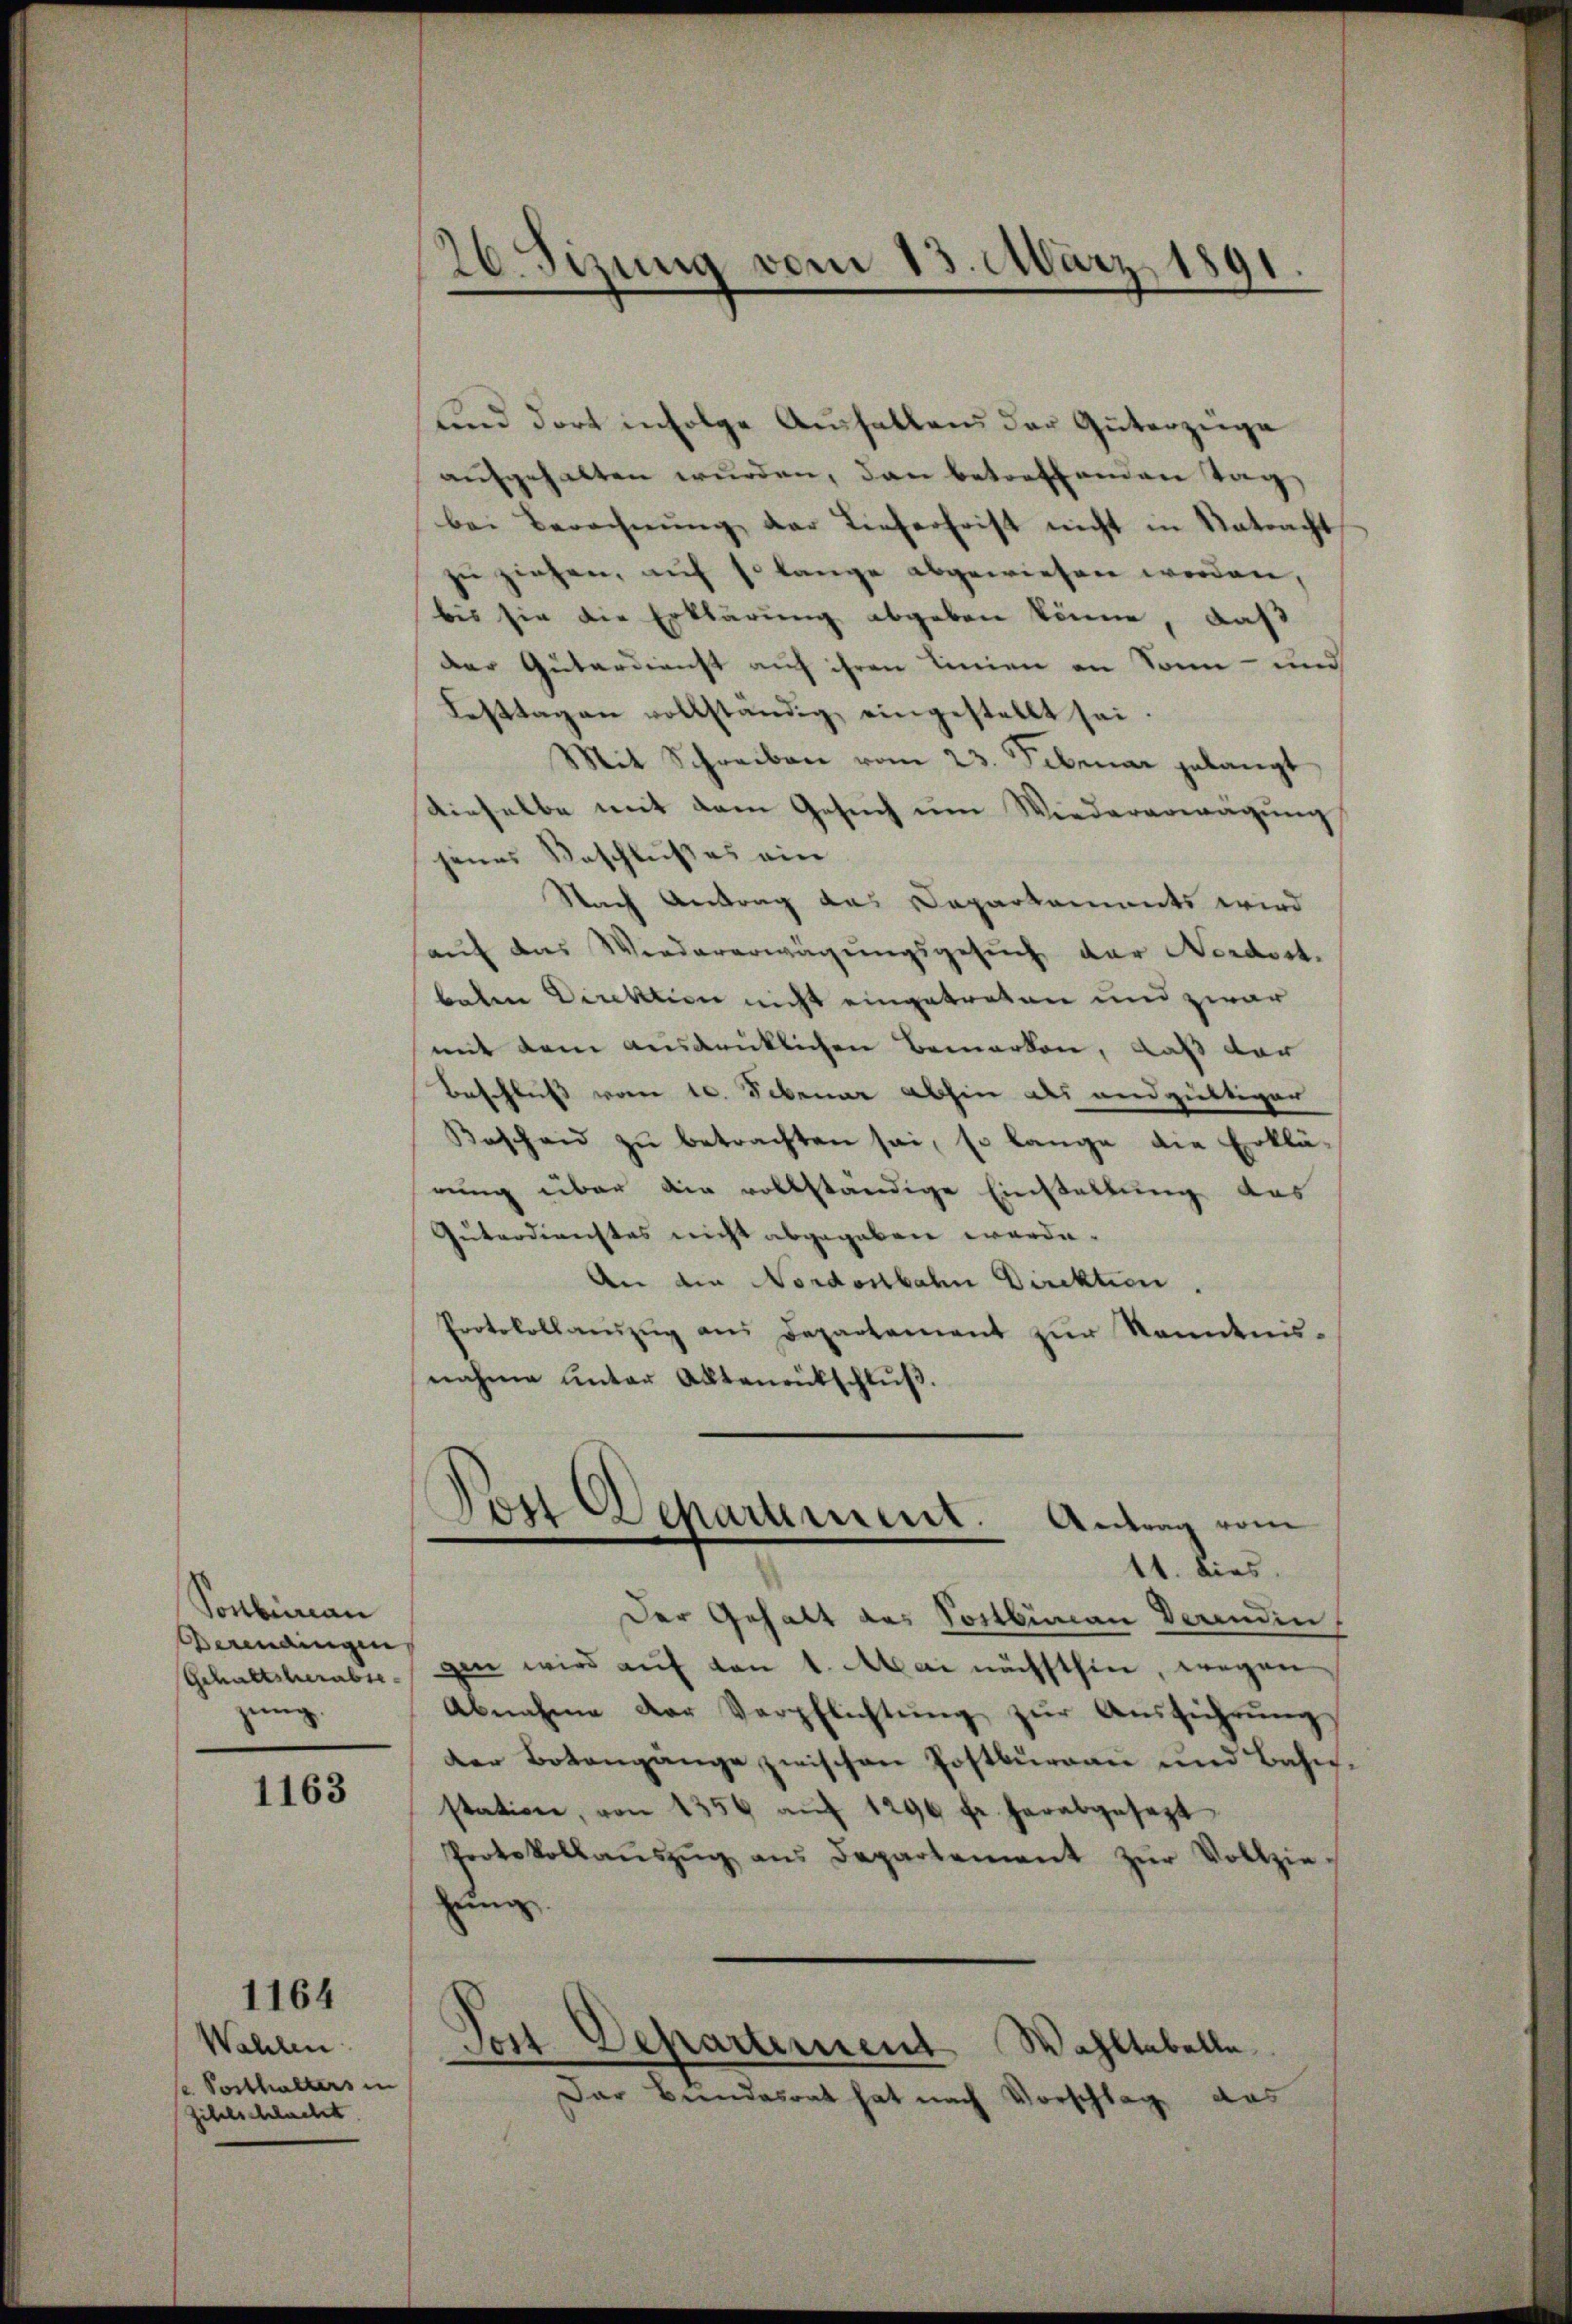
Sonbureau
Berendungen
Gehaltsherabse
jung.

1163

Wahlen.
/ Posthalters in
Zitelschlacht

1164

26. Sizung vom 13. März 1891
e

und dort infolge Aushaltens der Güterzüge
aŭfgehalten wurden, dan betreffenden Tag
bei Berechnŭng der Tieferfrist nicht in Natracht
zu ziehen, auf so lange abgewiesen werden,
bis sie die Erklärung abgeben könne, daß
Der Güterdienst auf ihren Linien an Sonn- und
Festtagen vollständig eingestellt sei.
Mit Schreiben vom 23. Februar gelangt
dieselbe mit dem Gesuch um Wiedererwägung
jenes Beschlußes ein
Nach Antrag das Daparkaments wird
auf das Wiedererwägungsgesuch der Nordost.
baten Direktion nicht eingetreten und zwar
mit dem ausdrüklichen Bemerken, daß der
Beschluss von 10. Sebener abhin als und gültiger
Bescheid zu betrachten sei, so lange die Erklä-
rung über die vollständige Einstellung des
Guterdienstes nicht abgegeben werde.
An die Nordostbahn Direktion.
Protokollaŭszŭg ans Departement zŭr Kenntnis-
nahme unter Aktenrütschlŭβ.
Dos Departement.
Antrag vom
11. dies
Der Gehalt des Sostbünau derendin
gen wird auf von 1. Mai nächsthin, wegen
Abnahme der Verpflichtŭng zŭr Aŭsführŭng
Der Botengänge zwischen Postbureau und Bahnstation, von 1350 aŭf 1296 fr. herabgesezt
Protokollaŭszŭg aŭs Departement zŭr Vollzie-
lung
Jes Departement Wohltabelle
Der Bundesrat hat nach Vorschlag das